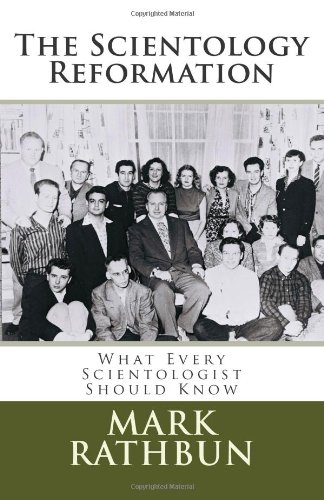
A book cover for The Scientology Reformation; Mark Marty Rathbun; Religion & Spirituality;